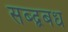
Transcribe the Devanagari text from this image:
सब्द्बबध